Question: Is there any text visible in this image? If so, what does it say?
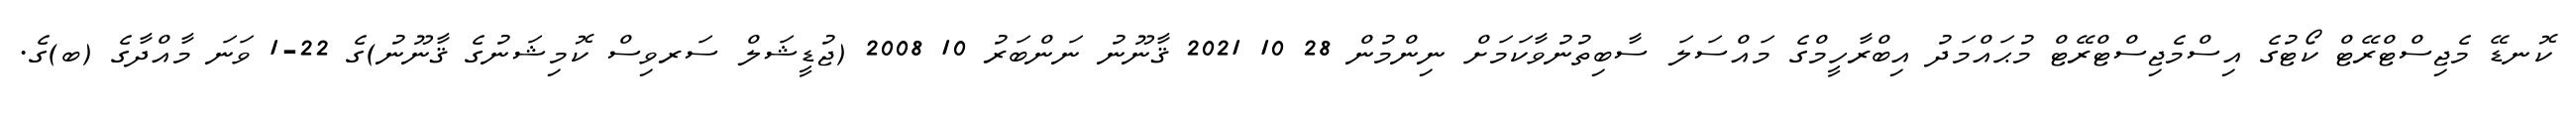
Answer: ކޮނޑޭ މެޖިސްޓްރޭޓް ކޯޓުގެ އިސްމެޖިސްޓްރޭޓް މުޙައްމަދު އިބްރާހީމްގެ މައްސަލަ ސާބިތުނުވާކަމަށް ނިންމުން 28 10 2021 ޤާނޫނު ނަންބަރު 10 2008 (ޖުޑީޝަލް ސަރވިސް ކޮމިޝަނުގެ ޤާނޫނު)ގެ 22-1 ވަނަ މާއްދާގެ (ބ)ގެ.